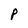
Character: p